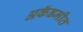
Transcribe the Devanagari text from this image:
अकॅडमीत